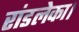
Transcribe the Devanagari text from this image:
रांडलेका।